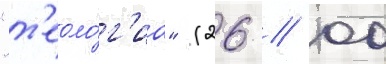
"т'еоло́г'иа" (26 // 00